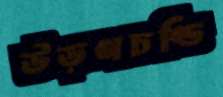
উড়ণচণ্ডি